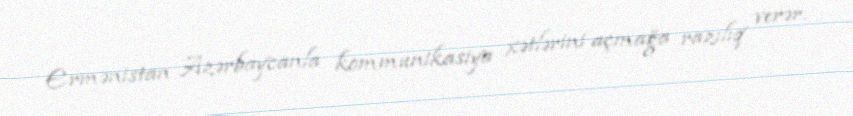
Ermənistan Azərbaycanla kommunikasiya xətlərini açmağa razılıq verər.